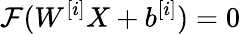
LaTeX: \mathcal{F}(W^{[i]}X+b^{[i]})=0